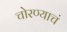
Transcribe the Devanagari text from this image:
चोरण्याचं